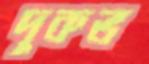
দুকভ